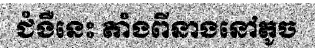
ជំងឺនេះ តាំងពីនាងនៅតូច